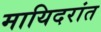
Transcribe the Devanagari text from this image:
मायिदरांत